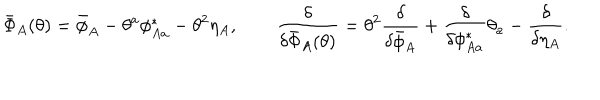
LaTeX: \bar { \Phi } _ { A } ( \theta ) = \bar { \phi } _ { A } - \theta ^ { a } \phi _ { A a } ^ { * } - \theta ^ { 2 } \eta _ { A } , \qquad \frac { \delta } { \delta \bar { \Phi } _ { A } ( \theta ) } = \theta ^ { 2 } \frac { \delta } { \delta \bar { \phi } _ { A } } + \frac { \delta } { \delta \phi _ { A a } ^ { * } } \theta _ { a } - \frac { \delta } { \delta \eta _ { A } } .